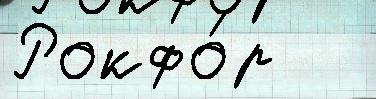
Рокфо́р